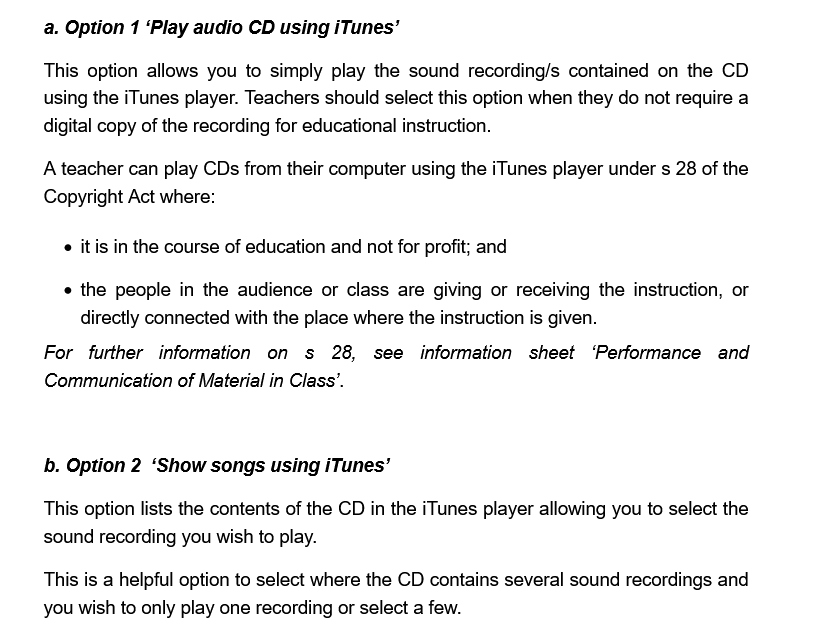
a. Option 1 ‘Play audio CD using iTunes’
     This option allows you to simply play the sound recording/s contained on the CD
     using the iTunes player. Teachers should select this option when they do not require a
     digital copy of the recording for educational instruction.
     A teacher can play CDs from their computer using the iTunes player under s 28 of the
     Copyright Act where:
     it is in the course of education and not for profit; and
     the people in the audience or class are giving or receiving the instruction, or
     directly connected with the place where the instruction is given.
     For  further information on s 28, see  information sheet ‘Performance and
     Communication of Material in Class’.
     b. Option 2 ‘Show songs using iTunes’
     This option lists the contents of the CD in the iTunes player allowing you to select the
     sound recording you wish to play.
     This is a helpful option to select where the CD contains several sound recordings and
     you wish to only play one recording or select a few.